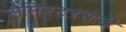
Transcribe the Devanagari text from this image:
सेमिस्टरसाठी